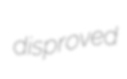
disproved